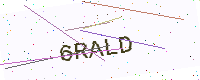
Text: 6RALD